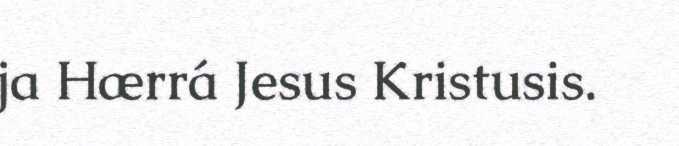
ja Hærrá Jesus Kristusis.